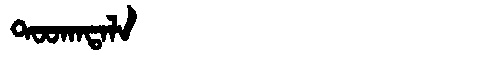
Manchu: ᡨᠣᠣᡴᠠᡨᠠᠯᠠ
Romanization: TOOKATALA